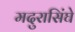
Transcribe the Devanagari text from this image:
मदुरासिंघे